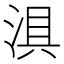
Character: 𱦵